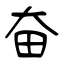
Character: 奋